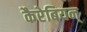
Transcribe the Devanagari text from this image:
कैरेबियन्